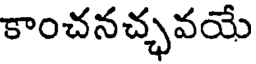
కాంచనచ్ఛవయే